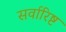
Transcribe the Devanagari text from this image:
सर्वारिष्ट